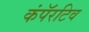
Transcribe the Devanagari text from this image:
कंपॅरटिव